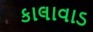
કાલાવાડ